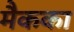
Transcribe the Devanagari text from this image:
मैकका